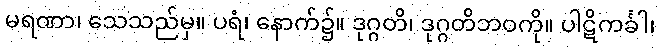
မရဏာ၊ သေသည်မှ။ ပရံ၊ နောက်၌။ ဒုဂ္ဂတိ၊ ဒုဂ္ဂတိဘဝကို။ ပါဋိကင်္ခါ၊